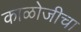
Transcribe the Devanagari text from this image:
काळोजीचा